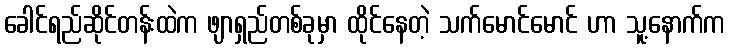
ခေါင်ရည်ဆိုင်တန်းထဲက ဖျာရှည်တစ်ခုမှာ ထိုင်နေတဲ့ သက်မောင်မောင် ဟာ သူ့နောက်က